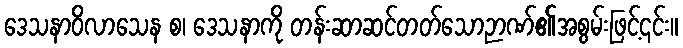
ဒေသနာဝိလာသေန စ၊ ဒေသနာကို တန်းဆာဆင်တတ်သောဉာဏ်၏အစွမ်းဖြင့်၎င်း။